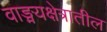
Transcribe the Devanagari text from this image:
वाङ्मयक्षेत्रातील